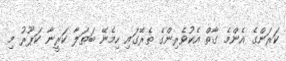
ކަރަންގެ އެންމެ ގާތް އެކުވެރިންގެ ތެރޭގައި ހިމެނޭ ބަތަލާ ކަރީނާ ކަޕޫރު މި